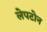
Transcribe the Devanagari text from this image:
लेपटोन